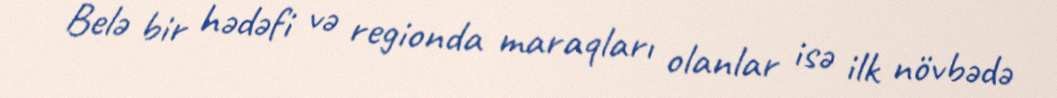
Belə bir hədəfi və regionda maraqları olanlar isə ilk növbədə